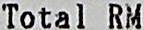
TOTAL RM